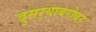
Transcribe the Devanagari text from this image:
दुसर्‍याबरोबर